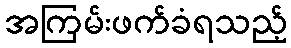
အကြမ်းဖက်ခံရသည့်